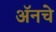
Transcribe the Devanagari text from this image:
अॅनचे